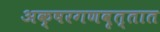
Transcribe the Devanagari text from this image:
अक्षरगणवृत्तात